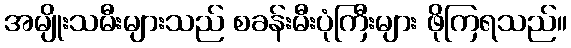
အမျိုးသမီးများသည် စခန်းမီးပုံကြီးများ ဖိုကြရသည်။